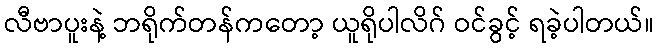
လီဗာပူးနဲ့ ဘရိုက်တန်ကတော့ ယူရိုပါလိဂ် ဝင်ခွင့် ရခဲ့ပါတယ်။